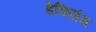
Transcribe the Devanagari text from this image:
डेक्सिंग